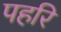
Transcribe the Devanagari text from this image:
पहरि